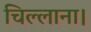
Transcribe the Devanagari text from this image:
चिल्लाना।